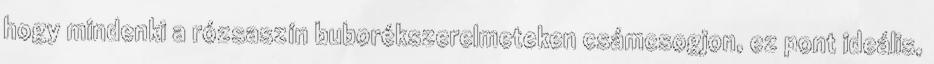
hogy mindenki a rózsaszín buborékszerelmeteken csámcsogjon, ez pont ideális,